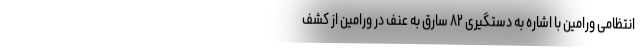
انتظامی ورامین با اشاره به دستگیری ۸۲ سارق به عنف در ورامین از کشف